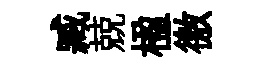
臧兢楹徼